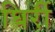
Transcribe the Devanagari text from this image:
घिर्री